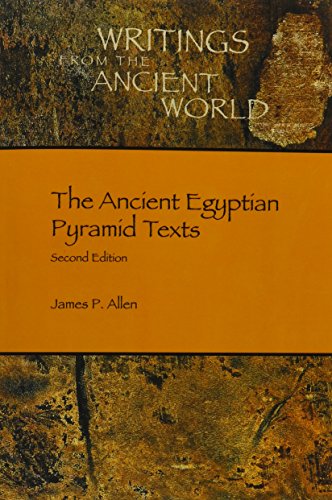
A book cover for The Ancient Egyptian Pyramid Texts (Writings from the Ancient World); James P. Allen; Literature & Fiction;